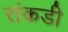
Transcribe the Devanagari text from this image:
रांकडी